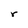
Character: r